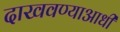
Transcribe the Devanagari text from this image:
दाखवण्याआधी